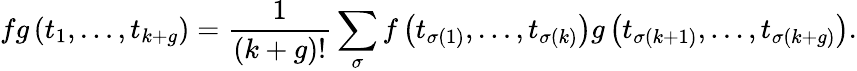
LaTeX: fg\left(t_{1},\dots,t_{k+g}\right)=\frac{1}{(k+g)!}\sum_{\sigma}f\left(t_{\sigma(1)},\dots,t_{\sigma(k)}\right)g\left(t_{\sigma(k+1)},\dots,t_{\sigma(k+g)}\right).